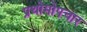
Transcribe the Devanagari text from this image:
प्रथोमोपचार